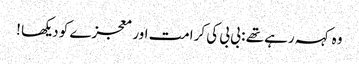
وہ کہہ رہے تھے : بی بی کی کرامت اور معجزے کو دیکھا !